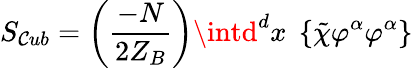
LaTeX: S_{\mathcal{C}ub}=\left(\frac{{-N}}{{2Z_{B}}}\right)\intd^{d}x\; \left\{ \tilde{{\chi}}\varphi^{\alpha}\varphi^{\alpha}\right\}